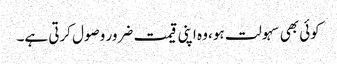
کوئی بھی سہولت ہو، وہ اپنی قیمت ضرور وصول کرتی ہے۔